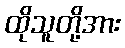
ထိုသူတို့အား